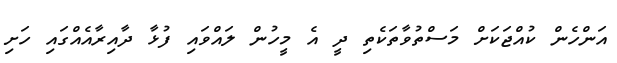
އަންހެން ކުއްޖަކަށް މަސްތުވާތަކެތި ދީ އެ މީހުން ލައްވައި ފުޅާ ދާއިރާއެއްގައި ހަށި